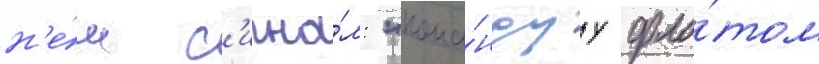
н'е́м с'игна́л: "кома́ндуу фло́том